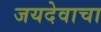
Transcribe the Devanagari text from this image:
जयदेवाचा